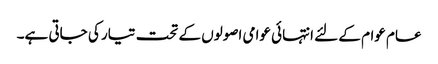
عام عوام کے لئے انتہائی عوامی اصولوں کے تحت تیار کی جاتی ہے۔